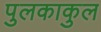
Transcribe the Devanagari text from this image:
पुलकाकुल